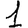
Digit: 1